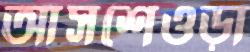
আসশেওড়া